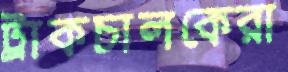
ট্রাকচালকেরা